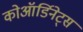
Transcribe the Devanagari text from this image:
कोऑर्डिनेट्स